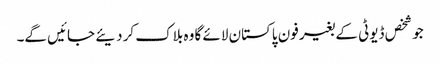
جو شخص ڈیوٹی کے بغیر فون پاکستان لائے گا وہ بلاک کر دیئے جائیں گے۔